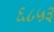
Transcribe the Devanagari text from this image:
६८५३